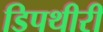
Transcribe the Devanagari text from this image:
डिपथीरी